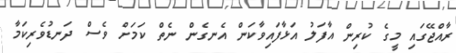
ރާއްޖޭގައި މީގެ ކުރިން އާފަލު އަޅާފައިވާކަން އެނގެން ނެތް ކަމަށް ވެސް ދަނޑުވެރިކަމާ